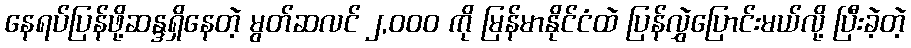
နေရပ်ပြန်ဖို့ဆန္ဒရှိနေတဲ့ မွတ်ဆလင် ၂,၀၀၀ ကို မြန်မာနိုင်ငံထဲ ပြန်လွှဲပြောင်းမယ်လို့ ပြီးခဲ့တဲ့